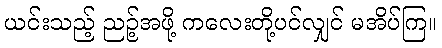
ယင်းသည့် ညဉ့်အဖို့ ကလေးတို့ပင်လျှင် မအိပ်ကြ။